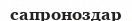
сапроноздар